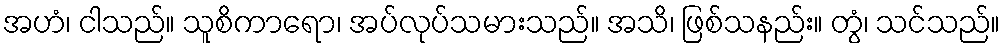
အဟံ၊ ငါသည်။ သူစိကာရော၊ အပ်လုပ်သမားသည်။ အသိ၊ ဖြစ်သနည်း။ တွံ၊ သင်သည်။